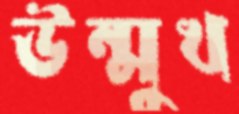
উন্মুখ